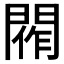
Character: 𨴰